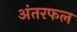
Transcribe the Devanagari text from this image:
अंतरफल